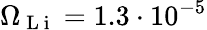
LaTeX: \Omega_{\mathrm{~L~i~}}=1.3\cdot 10^{-5}